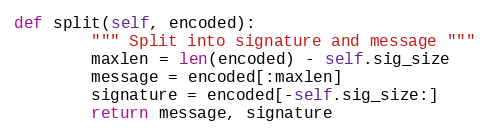
Language: Python
def split(self, encoded):
        """ Split into signature and message """
        maxlen = len(encoded) - self.sig_size
        message = encoded[:maxlen]
        signature = encoded[-self.sig_size:]
        return message, signature